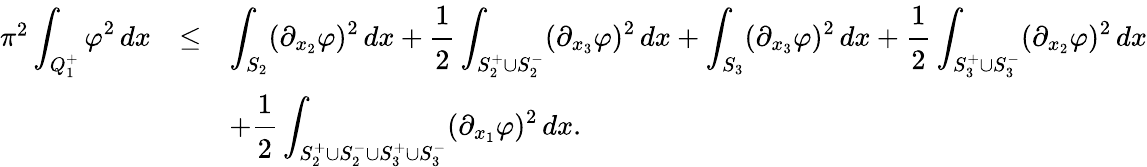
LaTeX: \begin{array}{rcl}{\pi^{2}\displaystyle\int_{Q_{1}^{+}}\varphi^{2}\, dx}&{\le}&{\displaystyle\int_{S_{2}}(\partial_{x_{2}}\varphi)^{2}\, dx+\cfrac{1}{2}\int_{S_{2}^{+}\cup S_{2}^{-}}(\partial_{x_{3}}\varphi)^{2}\, dx+\displaystyle\int_{S_{3}}(\partial_{x_{3}}\varphi)^{2}\, dx+\cfrac{1}{2}\int_{S_{3}^{+}\cup S_{3}^{-}}(\partial_{x_{2}}\varphi)^{2}\, dx}\\ &&{+\displaystyle\cfrac{1}{2}\int_{S_{2}^{+}\cup S_{2}^{-}\cup S_{3}^{+}\cup S_{3}^{-}}(\partial_{x_{1}}\varphi)^{2}\, dx.}\end{array}